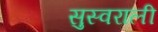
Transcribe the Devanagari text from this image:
सुस्वराली